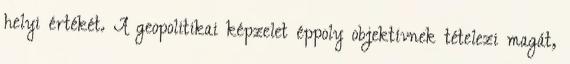
helyi értékét. A geopolitikai képzelet éppoly objektívnek tételezi magát,